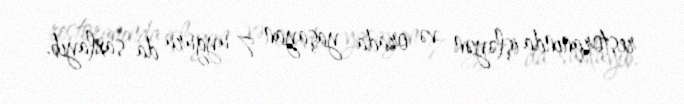
restoranında işləyən və orada yaşayan 7 uyğuru da saxlayıb.